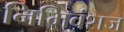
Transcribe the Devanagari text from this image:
निमिवंशज